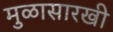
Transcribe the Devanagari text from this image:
मुळासारखी